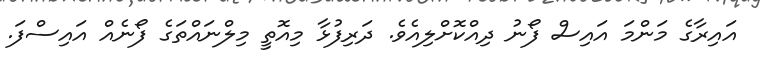
އައިރާގެ މަންމަ އައިސް ފޯނު ދިއްކޮށްލިއެވެ. ދަރިފުޅާ މިއޮތީ މިލްނައްތަގެ ފޯނެއް އައިސްފަ.